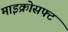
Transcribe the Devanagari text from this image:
माइक्रोसफ्ट